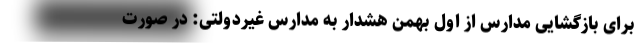
برای بازگشایی مدارس از اول بهمن هشدار به مدارس غیردولتی: در صورت